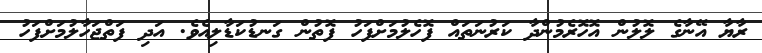
ރާޔާ އޭނާގެ ލޮލުން އޮހޮރެމުންދާ ކަރުނަތައް ފޮހެލުމަށްފަހު ފޮތުން ގަނޑުކަޑާލިއެވެ. އަދި ފަތްޖަހާލުމަށްފަހު